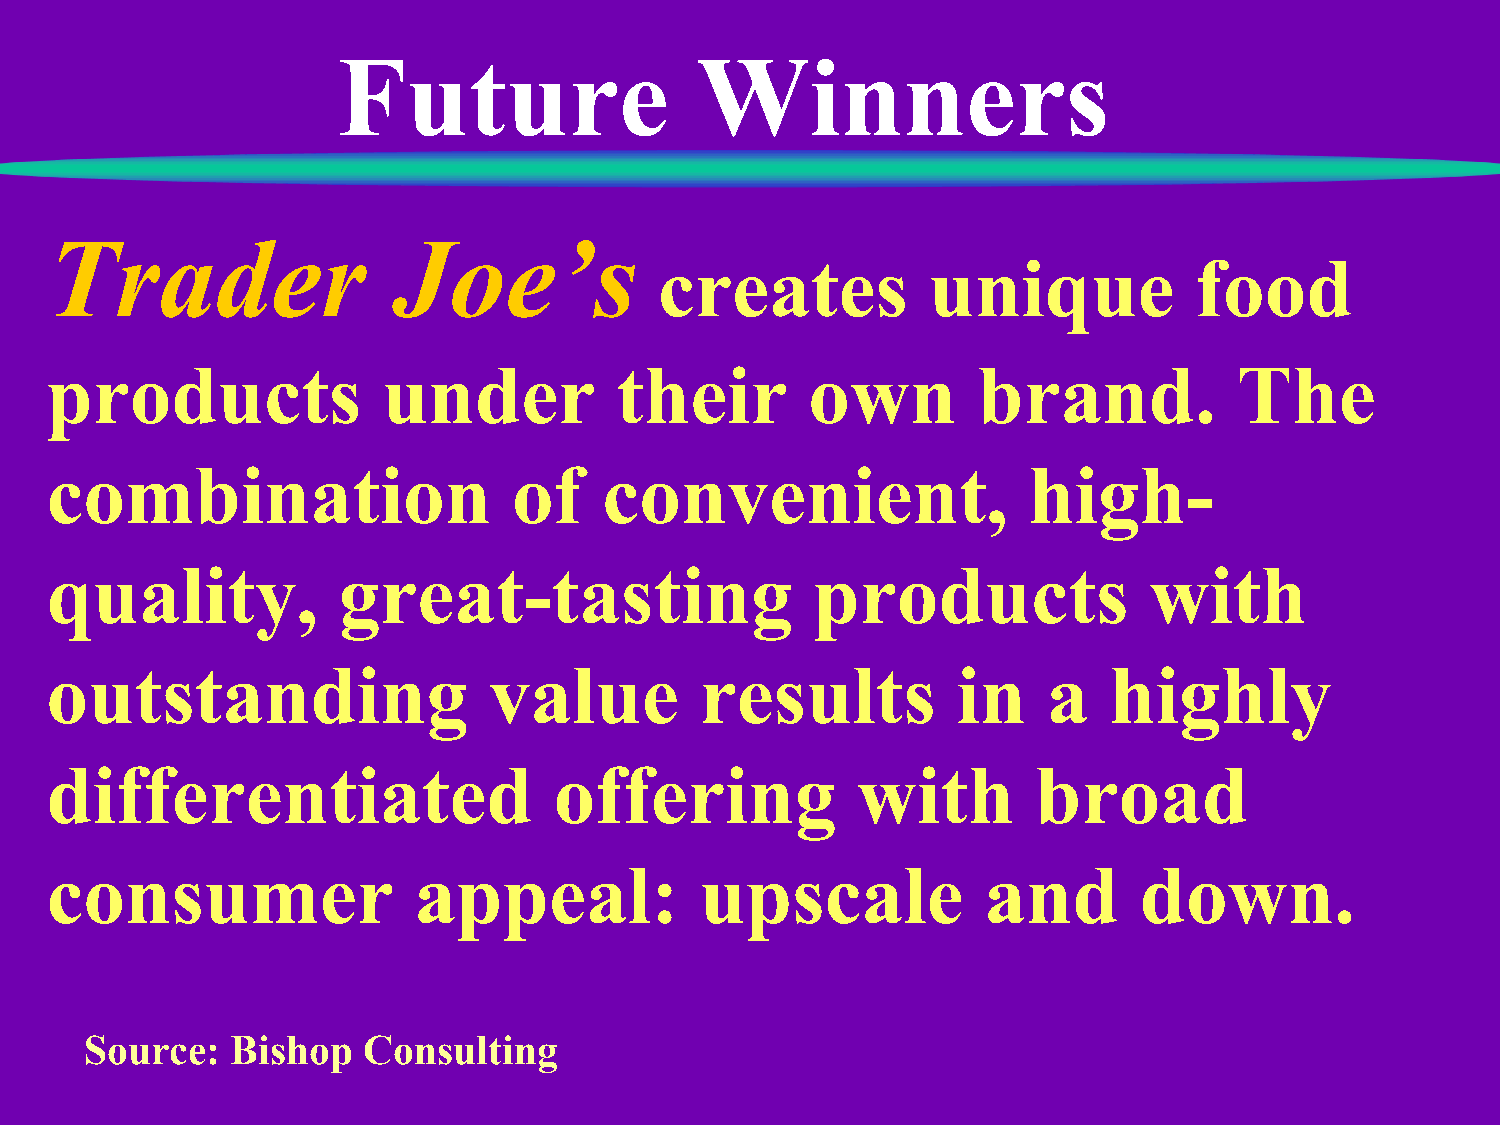
Future                  Winners
 Trader                 Joe’s
 creates          unique            food
 products              under           their       own         brand.           The
 combination                    of    convenient,                 high-
 quality,           great-tasting                   products              with
 outstanding                  value         results          in    a   highly
 differentiated                    offering            with        broad
 consumer                appeal:            upscale            and       down.
 Source:  Bishop   Consulting